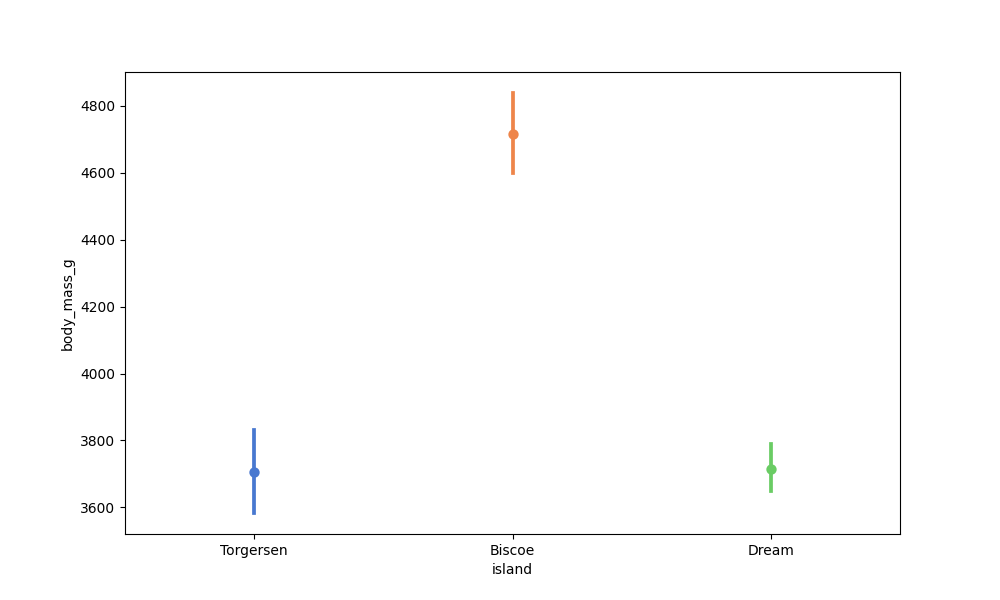
python, seaborn, pointplot, scale=1.0, join=True, hue='None', palette='muted'